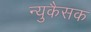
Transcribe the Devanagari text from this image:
न्युकैसक